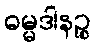
ဓမ္မဒါနဉ္စ